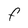
Character: F